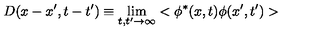
D ( x - x ^ { \prime } , t - t ^ { \prime } ) \equiv \lim _ { t , t ^ { \prime } \rightarrow \infty } < \phi ^ { * } ( x , t ) \phi ( x ^ { \prime } , t ^ { \prime } ) >